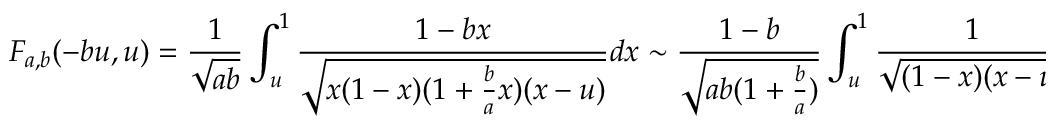
F _ { a , b } ( - b u , u ) = \frac { 1 } { \sqrt { a b } } \int _ { u } ^ { 1 } \frac { 1 - b x } { \sqrt { x ( 1 - x ) ( 1 + \frac { b } { a } x ) ( x - u ) } } d x \sim \frac { 1 - b } { \sqrt { a b ( 1 + \frac { b } { a } ) } } \int _ { u } ^ { 1 } \frac { 1 } { \sqrt { ( 1 - x ) ( x - u ) } } d x .